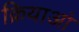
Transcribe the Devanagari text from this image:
क्रियाआं